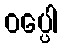
ဝပ္ပေါ